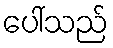
ပေါ်သည်